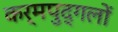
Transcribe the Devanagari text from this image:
कर्मपुद्गलों